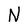
Character: N